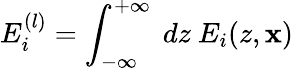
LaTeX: E_{i}^{(l)}=\int_{-\infty}^{+\infty}~dz~E_{i}(z,{\mathbf x})